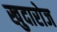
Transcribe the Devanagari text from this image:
खुदारोज